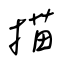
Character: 描